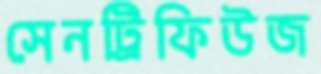
সেনট্রিফিউজ